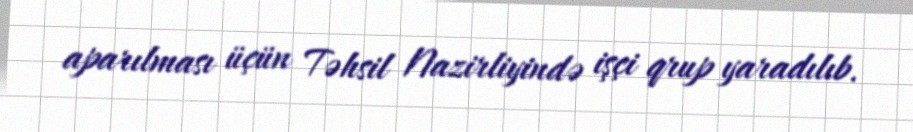
aparılması üçün Təhsil Nazirliyində işçi qrup yaradılıb.